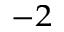
^ { - 2 }